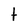
Character: t